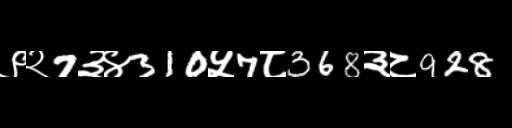
Text: ९२7३४310५7८368३८928